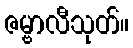
ဇမ္ဗာလီသုတ်။